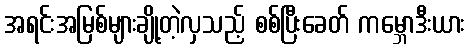
အရင်းအမြစ်များချို့တဲ့လှသည့် စစ်ပြီးခေတ် ကမ္ဘောဒီးယား